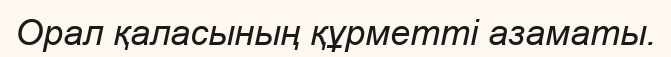
Орал қаласының құрметті азаматы.